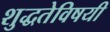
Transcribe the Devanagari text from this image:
शुद्धतेविषयी